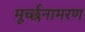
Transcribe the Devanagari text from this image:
मूर्च्छनामरण